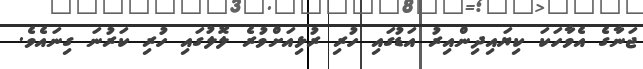
ޖަނާގެ އެވާހަކަ ކިޔައިދިންއިރު އަޑުގައި ހުރި ރުޅިއަށްވުރެ ލޮލުގައި ހުރި ކަރުނަ ގިނައެވެ.